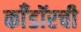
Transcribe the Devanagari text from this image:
काँडॉरची